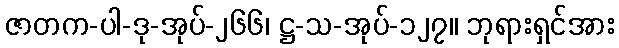
ဇာတက-ပါ-ဒု-အုပ်-၂၆၆၊ ဋ္ဌ-သ-အုပ်-၁၂၇။ ဘုရားရှင်အား